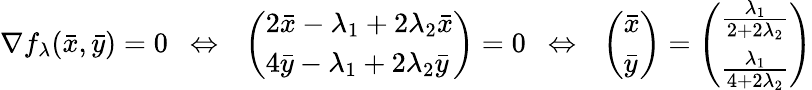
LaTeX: \nabla f_{\lambda}(\bar{x},\bar{y})=0~~\Leftrightarrow~~\left(\begin{array}{l}{2\bar{x}-\lambda_{1}+2\lambda_{2}\bar{x}}\\ {4\bar{y}-\lambda_{1}+2\lambda_{2}\bar{y}}\end{array}\right)=0~~\Leftrightarrow~~\left(\begin{array}{l}{\bar{x}}\\ {\bar{y}}\end{array}\right)=\left(\begin{array}{l}{\frac{\lambda_{1}}{2+2\lambda_{2}}}\\ {\frac{\lambda_{1}}{4+2\lambda_{2}}}\end{array}\right)